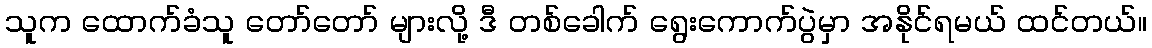
သူက ထောက်ခံသူ တော်တော် များလို့ ဒီ တစ်ခေါက် ရွေးကောက်ပွဲမှာ အနိုင်ရမယ် ထင်တယ်။